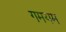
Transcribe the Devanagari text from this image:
गमयम